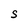
Character: S